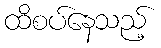
ထိစပ်နေသည့်